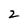
Character: Z